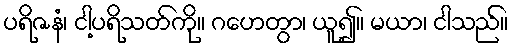
ပရိဇနံ၊ ငါ့ပရိသတ်ကို။ ဂဟေတွာ၊ ယူ၍။ မယာ၊ ငါသည်။